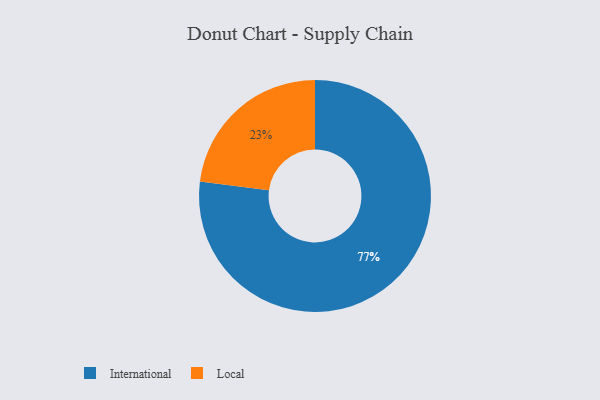
{"axis": {"x": "Category", "y": "Percentage"}, "legend": ["International", "Local"], "data": [{"x": "International", "y": 77, "type": "International"}, {"x": "Local", "y": 23, "type": "Local"}]}